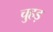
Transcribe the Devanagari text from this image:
चुहड़